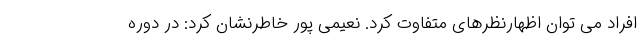
افراد می توان اظهارنظرهای متفاوت کرد. نعيمى پور خاطرنشان کرد: در دوره